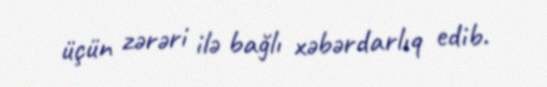
üçün zərəri ilə bağlı xəbərdarlıq edib.